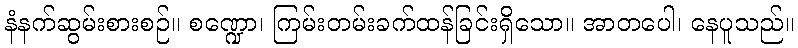
နံနက်ဆွမ်းစားစဉ်။ စဏ္ဍော၊ ကြမ်းတမ်းခက်ထန်ခြင်းရှိသော။ အာတပေါ၊ နေပူသည်။